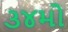
૩૪મો